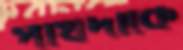
পার্থদাকে